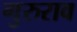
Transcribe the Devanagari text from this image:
गुरुराव